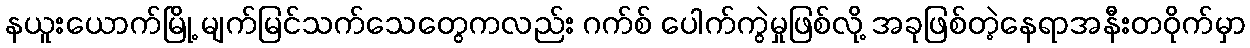
နယူးယောက်မြို့ မျက်မြင်သက်သေတွေကလည်း ဂက်စ် ပေါက်ကွဲမှုဖြစ်လို့ အခုဖြစ်တဲ့နေရာအနီးတဝိုက်မှာ